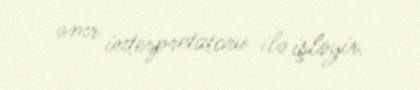
əmr interpretatoru ilə işləyir.